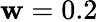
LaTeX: \mathbf{w}=0.2